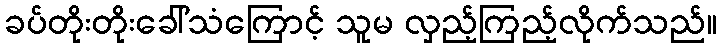
ခပ်တိုးတိုးခေါ်သံကြောင့် သူမ လှည့်ကြည့်လိုက်သည်။